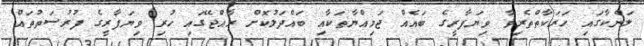
ލަންކާގައި ހަރަކާތްތެރިވާ ވިޔަފާރީގެ ބައެއް ޖަމިއްޔާތަކާއި ބައްދަލުކޮށް ރާއްޖޭގައި ހުރި ވިޔަފާރީގެ ފުރުސަތުތައް